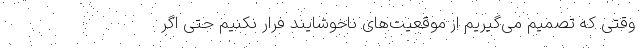
وقتی که تصمیم می‌گیریم از موقعیت‌های ناخوشایند فرار نکنیم حتی اگر